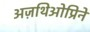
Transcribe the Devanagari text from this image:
अज़थिओप्रिने